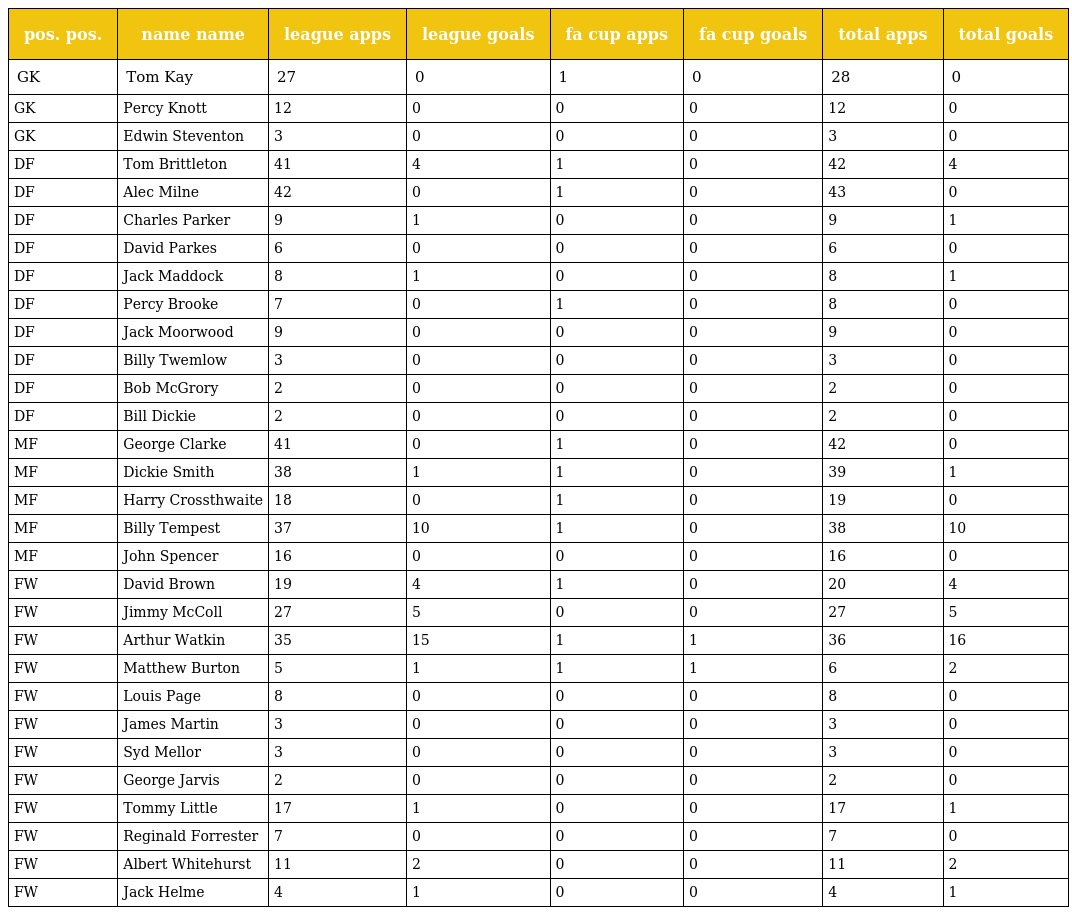
| pos. pos. | name name | league apps | league goals | fa cup apps | fa cup goals | total apps | total goals |
 | --- | --- | --- | --- | --- | --- | --- | --- |
 | GK | Tom Kay | 27 | 0 | 1 | 0 | 28 | 0 |
 | GK | Percy Knott | 12 | 0 | 0 | 0 | 12 | 0 |
 | GK | Edwin Steventon | 3 | 0 | 0 | 0 | 3 | 0 |
 | DF | Tom Brittleton | 41 | 4 | 1 | 0 | 42 | 4 |
 | DF | Alec Milne | 42 | 0 | 1 | 0 | 43 | 0 |
 | DF | Charles Parker | 9 | 1 | 0 | 0 | 9 | 1 |
 | DF | David Parkes | 6 | 0 | 0 | 0 | 6 | 0 |
 | DF | Jack Maddock | 8 | 1 | 0 | 0 | 8 | 1 |
 | DF | Percy Brooke | 7 | 0 | 1 | 0 | 8 | 0 |
 | DF | Jack Moorwood | 9 | 0 | 0 | 0 | 9 | 0 |
 | DF | Billy Twemlow | 3 | 0 | 0 | 0 | 3 | 0 |
 | DF | Bob McGrory | 2 | 0 | 0 | 0 | 2 | 0 |
 | DF | Bill Dickie | 2 | 0 | 0 | 0 | 2 | 0 |
 | MF | George Clarke | 41 | 0 | 1 | 0 | 42 | 0 |
 | MF | Dickie Smith | 38 | 1 | 1 | 0 | 39 | 1 |
 | MF | Harry Crossthwaite | 18 | 0 | 1 | 0 | 19 | 0 |
 | MF | Billy Tempest | 37 | 10 | 1 | 0 | 38 | 10 |
 | MF | John Spencer | 16 | 0 | 0 | 0 | 16 | 0 |
 | FW | David Brown | 19 | 4 | 1 | 0 | 20 | 4 |
 | FW | Jimmy McColl | 27 | 5 | 0 | 0 | 27 | 5 |
 | FW | Arthur Watkin | 35 | 15 | 1 | 1 | 36 | 16 |
 | FW | Matthew Burton | 5 | 1 | 1 | 1 | 6 | 2 |
 | FW | Louis Page | 8 | 0 | 0 | 0 | 8 | 0 |
 | FW | James Martin | 3 | 0 | 0 | 0 | 3 | 0 |
 | FW | Syd Mellor | 3 | 0 | 0 | 0 | 3 | 0 |
 | FW | George Jarvis | 2 | 0 | 0 | 0 | 2 | 0 |
 | FW | Tommy Little | 17 | 1 | 0 | 0 | 17 | 1 |
 | FW | Reginald Forrester | 7 | 0 | 0 | 0 | 7 | 0 |
 | FW | Albert Whitehurst | 11 | 2 | 0 | 0 | 11 | 2 |
 | FW | Jack Helme | 4 | 1 | 0 | 0 | 4 | 1 |